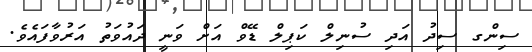
ސިންގ ސިދު އަދި ސުނިލް ކަޕިލް ޑޭވް އަށް ވަނީ ދައުވަތު އަރުވާފައެވެ.